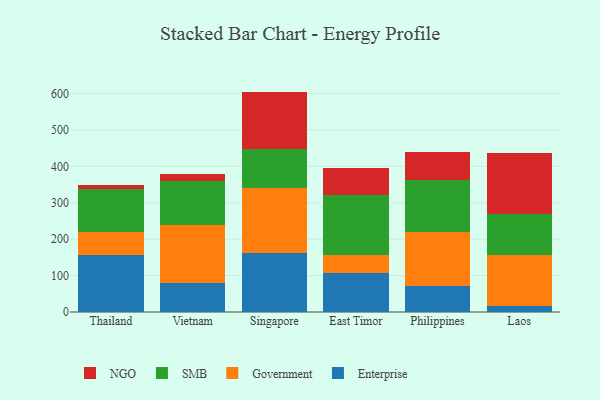
{"axis": {"x": "Country", "y": "Bounce Rate (%)"}, "legend": ["Enterprise", "Government", "NGO", "SMB"], "data": [{"x": "Thailand", "y": 156.0, "type": "Enterprise"}, {"x": "Thailand", "y": 62.4, "type": "Government"}, {"x": "Thailand", "y": 118.4, "type": "SMB"}, {"x": "Thailand", "y": 11.2, "type": "NGO"}, {"x": "Vietnam", "y": 78.5, "type": "Enterprise"}, {"x": "Vietnam", "y": 160.2, "type": "Government"}, {"x": "Vietnam", "y": 120.3, "type": "SMB"}, {"x": "Vietnam", "y": 18.7, "type": "NGO"}, {"x": "Singapore", "y": 163.2, "type": "Enterprise"}, {"x": "Singapore", "y": 177.0, "type": "Government"}, {"x": "Singapore", "y": 106.7, "type": "SMB"}, {"x": "Singapore", "y": 158.3, "type": "NGO"}, {"x": "East Timor", "y": 107.9, "type": "Enterprise"}, {"x": "East Timor", "y": 48.3, "type": "Government"}, {"x": "East Timor", "y": 164.2, "type": "SMB"}, {"x": "East Timor", "y": 74.1, "type": "NGO"}, {"x": "Philippines", "y": 72.7, "type": "Enterprise"}, {"x": "Philippines", "y": 146.7, "type": "Government"}, {"x": "Philippines", "y": 144.1, "type": "SMB"}, {"x": "Philippines", "y": 76.9, "type": "NGO"}, {"x": "Laos", "y": 17.8, "type": "Enterprise"}, {"x": "Laos", "y": 137.6, "type": "Government"}, {"x": "Laos", "y": 114.9, "type": "SMB"}, {"x": "Laos", "y": 165.6, "type": "NGO"}]}